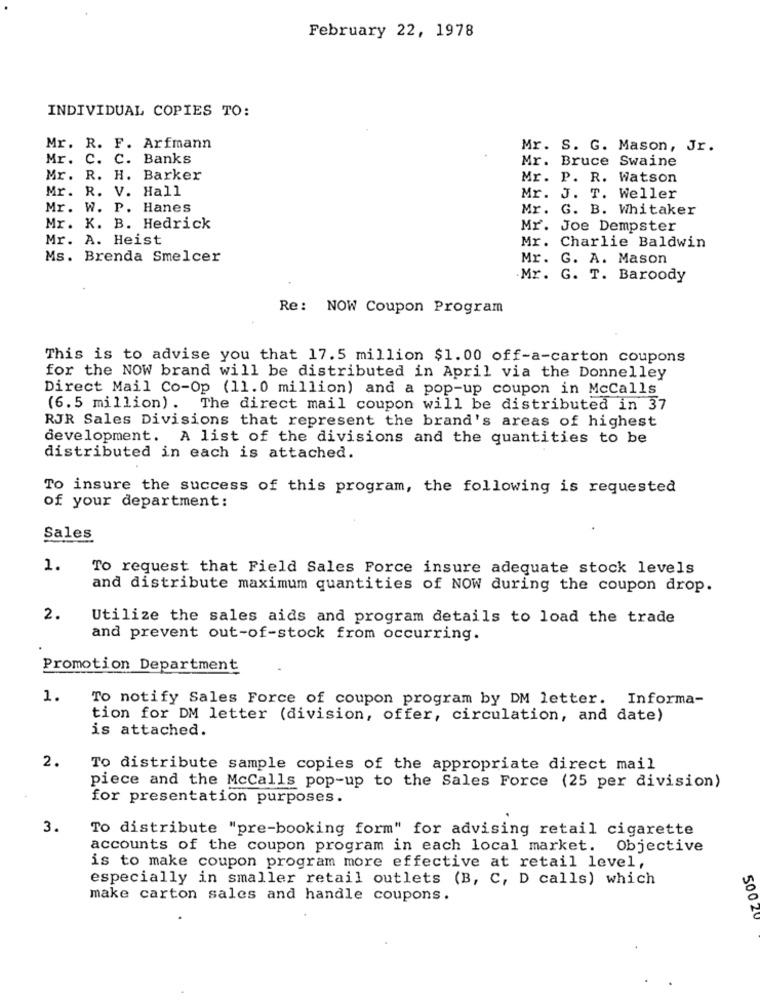
February 22, 1978
INDIVIDUAL COPIES TO:
Mr. R. F. Arfmann
Mr. S. G. Mason, Jr.
Mr. C. C. Banks
Mr. Bruce Swaine
Mr. R. H. Barker
Mr. P. R. Watson
Mr. R. V. Hall
Mr. J. T. Weller
Mr. W. P. Hanes
Mr. G. B. Whitaker
Mr. K. B. Hedrick
Mr. Joe Dempster
Mr. A. Heist
Mr. Charlie Baldwin
Ms. Brenda Smelcer
Mr. G. A. Mason
Mr. G. T. Baroody
Re: NOW Coupon Program
This is to advise you that 17.5 million $1.00 off-a-carton coupons
for the NOW brand will be distributed in April via the Donnelley
Direct Mail Co-Op (11.0 million) and a pop-up coupon in McCalls
(6.5 million). The direct mail coupon will be distributed in 37
RJR Sales Divisions that represent the brand's areas of highest
development. A list of the divisions and the quantities to be
distributed in each is attached.
To insure the success of this program, the following is requested
of your department:
Sales
1.
To request that Field Sales Force insure adequate stock levels
and distribute maximum quantities of NOW during the coupon drop.
2.
Utilize the sales aids and program details to load the trade
and prevent out-of-stock from occurring.
Promotion Department
1.
To notify Sales Force of coupon program by DM letter. Informa-
tion for DM letter (division, offer, circulation, and date)
is attached.
2.
To distribute sample copies of the appropriate direct mail
piece and the McCalls pop-up to the Sales Force (25 per division)
for presentation purposes.
3.
To distribute "pre-booking form" for advising retail cigarette
accounts of the coupon program in each local market. Objective
is to make coupon program more effective at retail level,
especially in smaller retail outlets (B, C, D calls) which
make carton sales and handle coupons.
50020